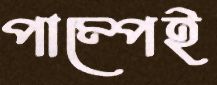
পাম্পেই